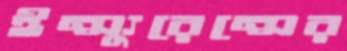
ইন্স্যুরেন্সের